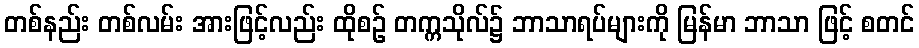
တစ်နည်း တစ်လမ်း အားဖြင့်လည်း ထိုစဉ် တက္ကသိုလ်၌ ဘာသာရပ်များကို မြန်မာ ဘာသာ ဖြင့် စတင်